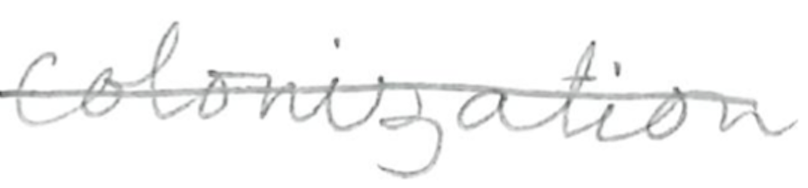
Text: colonization
Cross-out: single-line
Writing tool: pencil